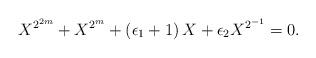
LaTeX: \begin{align*}X^{2^{2m}}+X^{2^m}+\left(\epsilon_1+1 \right)X+\epsilon_2X^{2^{-1}}=0.\end{align*}